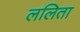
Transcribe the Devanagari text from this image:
ललिता